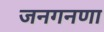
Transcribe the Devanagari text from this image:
जनगनणा